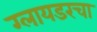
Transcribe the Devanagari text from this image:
ग्लायडरचा